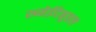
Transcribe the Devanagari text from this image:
स्च्नेईदेमुहल